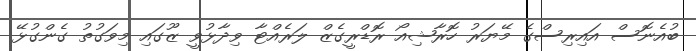
ބުއެނޮސް އައިރިސްގެ މޭޔަރު ހޮރާޝިއޯ ރޮޑްރީގެޒް ލަރެއްޓާ ވިދާޅުވީ ޒޫގައި މިވަގުތު ގެންގުޅޭ